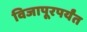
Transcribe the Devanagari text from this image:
विजापूरपर्यंत